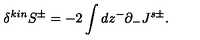
\delta ^ { k i n } S ^ { \pm } = - 2 \int d z ^ { - } \partial _ { - } J ^ { s \pm } .